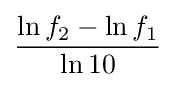
\ln f_{2}-\ln f_{1} \over \ln 10